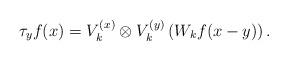
LaTeX: \begin{align*} \tau_{y}f(x)=V_{k}^{(x)}\otimes V_{k}^{(y)}\left(W_{k}f(x-y)\right).\end{align*}